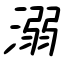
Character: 溺